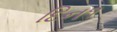
દિન૧